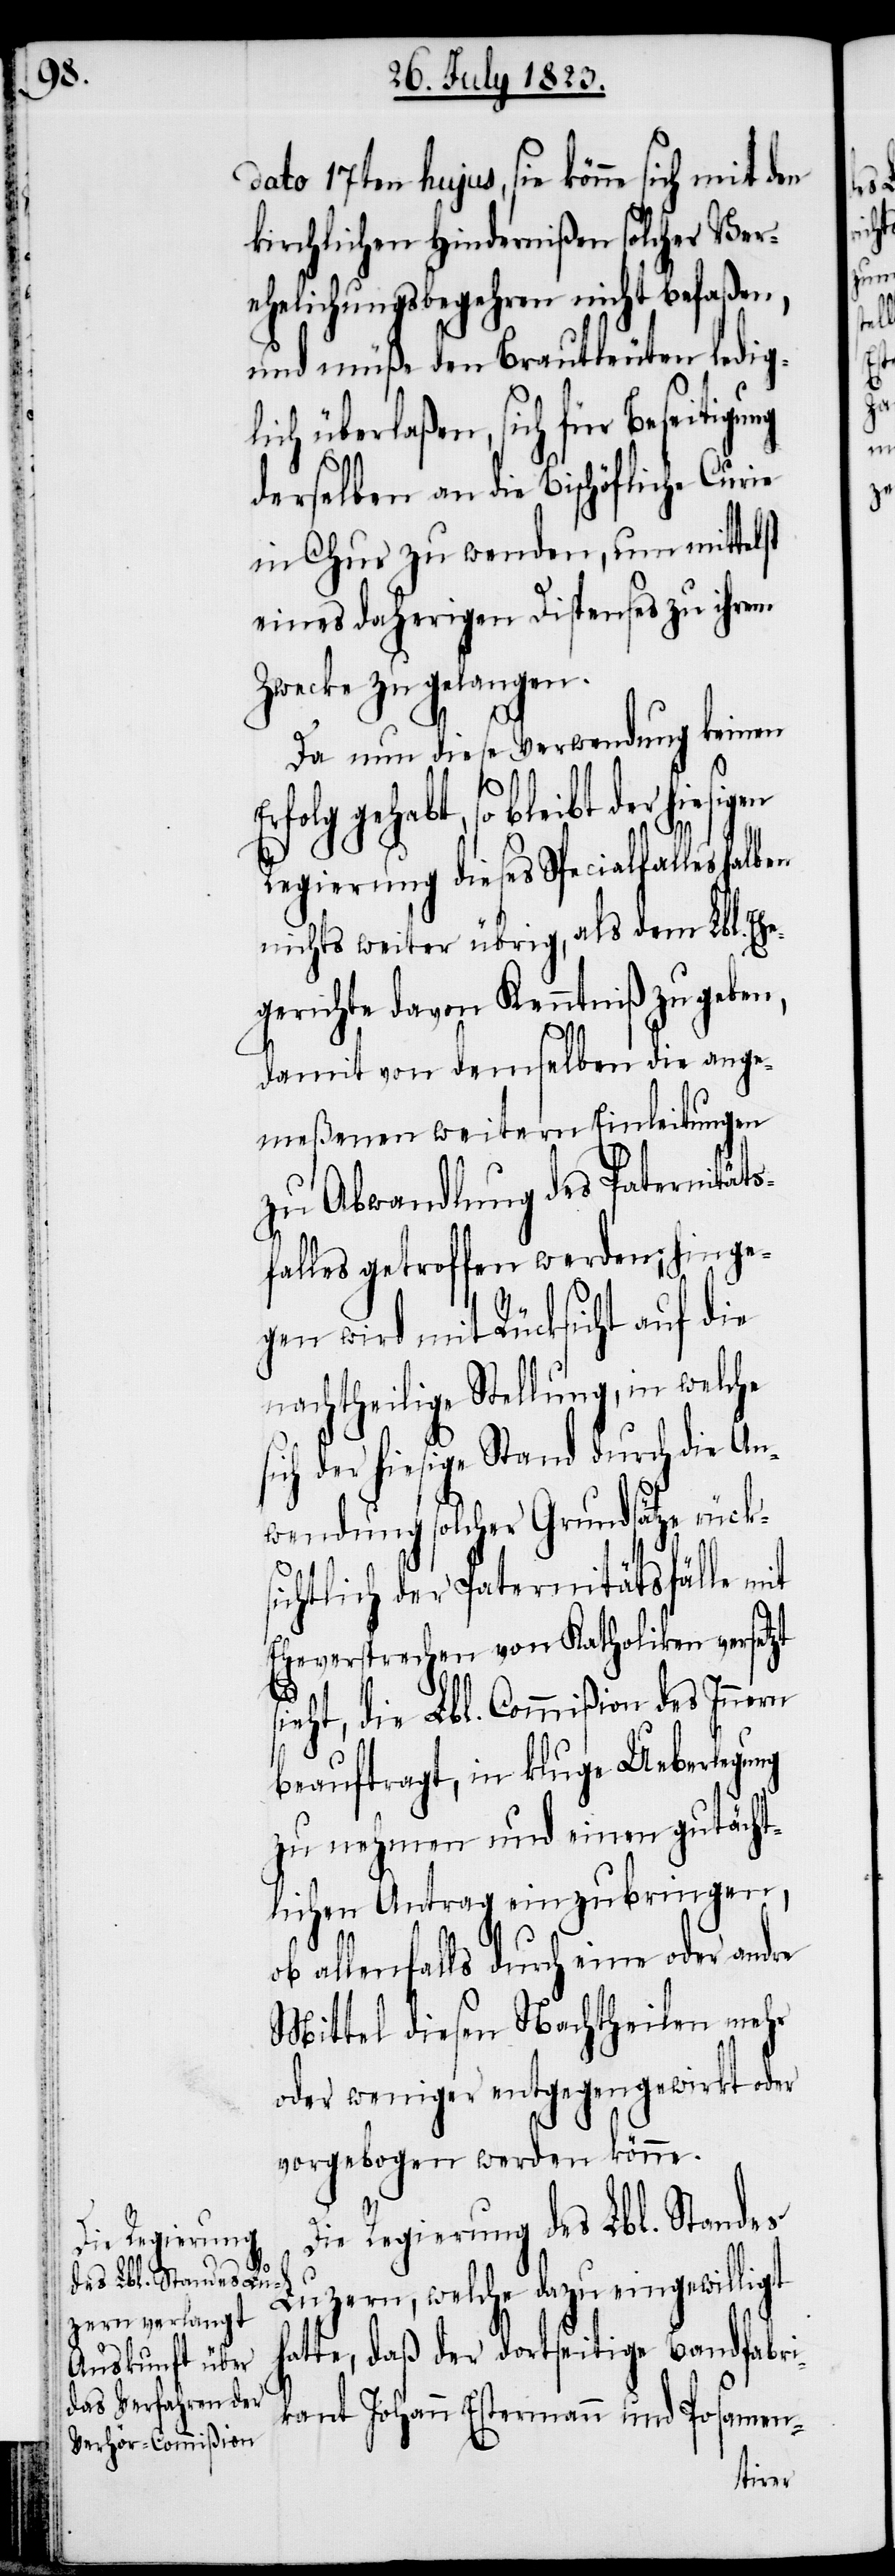
dato 17ten hujus, sie könne sich mit den
kirchlichen Hindernißen solcher Ver¬
ehelichungsbegehren nicht befaßen,
und müße den Brautleuten ledig¬
lich überlaßen, sich für Beseitigu¬
derselben an die Bischöfliche Curie
in Chur zu wenden, um mittelst
eines daherigen Dispenses zu ihrem
Zwecke zu gelangen.
Da nun diese Verwendung keinen
s¬
folg gehabt, so bleibt der hie¬
Regierung dieses Specialfalles halben
nichts weiter übrig, als dem Lbl. Eh¬
egerichte davon Kenntniß zu geben,
damit von demselben die ange¬
meßenen weitern Einleitungen
zu Abwandlung des Paternitäts¬
falles getroffen werden; hinge¬
gen wird mit Rücksicht auf die
nachtheilige Stellung, in welche
ich der hiesige Stand durch die An¬
wendung solcher Grundsätze rücks¬
ichtlich der Paternitätsfälle
Eheversprechen von Katholiken versetzt
sieht, die Lbl. Commißion des Innern
beauftragt, in kluge Ueberlegung
zu nehmen und einen gutächt¬
lichen Antrag einzubringen,
ob allenfalls durch eine oder andre
Mittel diesen Nachtheilen mehr
oder weniger entgegengewirkt oder
vorgebogen werden könne.
Die Regierung des Lbl. Standes
Luzern, welche dazu eingewilligt
hatte, daß der dortseitige Bandfabri¬
kant Johann Estermann und Posamen-
sigen